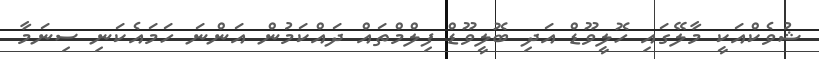
ޝުވެކްއަކީ މާލޭގައި ހޮލީވޫޑް އަދި ބޮލީވޫޑް ފިލްމްތައް ދައްކަމުން އަންނަ ހަމައެކަނި ސިނަމާ